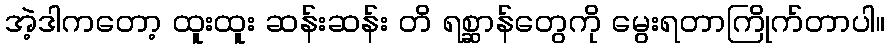
အဲ့ဒါကတော့ ထူးထူး ဆန်းဆန်း တိ ရစ္ဆာန်တွေကို မွေးရတာကြိုက်တာပါ။